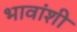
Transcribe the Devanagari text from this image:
भावांशी